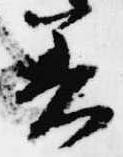
着